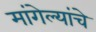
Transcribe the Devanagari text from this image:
मांगेल्यांचे